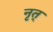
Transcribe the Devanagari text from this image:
नृत्